Civil Veterinary Department. Madras. Admin. report 1910-25 - 1910-1925
Year: 1910
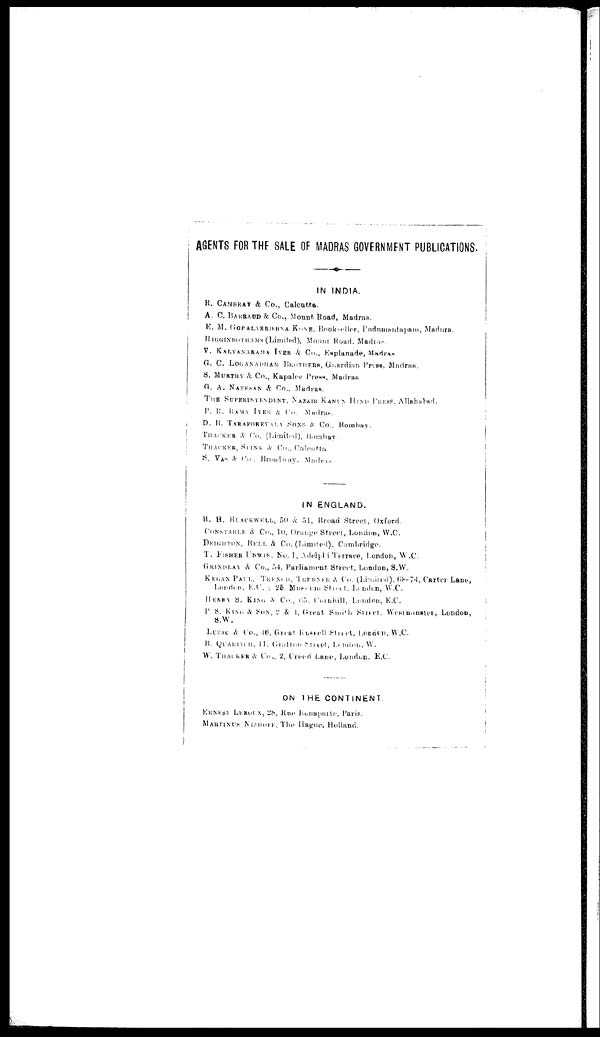
AGENTS FOR THE SALE OF MADRAS GOVERNMENT PUBLICATIONS.
IN INDIA.
R. CANBRAY & Co., Calcutta.
A. C. BARRAUD & Co., Mount Road, Madras.
E. M. GOPALAKRISHNA KONE, Bookseller, Pudumantapam, Madura.
HIGGINBOTHAMS (Limited), Mount Road, Madras.
V. KALYANARAMA IYER & Co., Esplanade, Madras
G. C. LOGANADHAM BROTHERS, Guardian Press, Madras.
S. MURTHY & Co., Kapalce Press, Madras
G. A. NATESAN & Co., Madras.
TTHE SUPERINTENDENT, NAZIR KANUN HIND PRESS, Allahabad.
P. R. RAMA IYER & Co. Madras.
D. B. TARAPOREVALA SONS & Co., Bombay.
THACKER & Co. (Limited), Bombay.
THACKER, SPINK & Co., Calcutta
S. VAS & Co . Broadway, Madras
IN ENGLAND.
B. H. BLACKWELL , 50 & 51, Broad Street, Oxford.
CONSTABLE & Co., 10, Orange Street, London, W.C.
DEIGHTON, BELL & Co. (Limited), Cambridge.
T. FISHER UNWIN , No. 1, Adelphi Terrace, London , W.C.
GRI NDLAY
& Co., 54, Parliament Street, London, S.W.
KEGAN PAUL, TRENCH , TRUBNER & Co. (Limited), 68-74, Carter Lane,
London, E.C. ; 25, Muslim Street, London, W.C.
HENRY S. KING & Co., 65, Cornhill, London, E . C.
P. S. KING & SON, 2 & 4, Great Smith Street, Westminster, London,
S.W.
LUZAC & Co., 46, Great Russell Street, London, W.C.
B.
QUARITCH,
11,
Gration
Street,
London,
W.
W. THACKER & Co., 2, Creed Lane, London. E.C.
ON THE CONTINENT.
ERNEST LEROUX, 28, Rue Bonaparte, Paris.
MARTINUS NIJHOFF, The Hague, Holland.